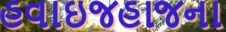
હવાઇજહાજના